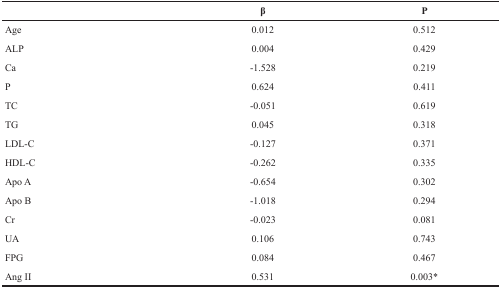
|  | β | P |
 | --- | --- | --- |
 | Age | 0.012 | 0.512 |
 | ALP | 0.004 | 0.429 |
 | Ca | −1.528 | 0.219 |
 | P | 0.624 | 0.411 |
 | TC | −0.051 | 0.619 |
 | TG | 0.045 | 0.318 |
 | LDL-C | −0.127 | 0.371 |
 | HDL-C | −0.262 | 0.335 |
 | Apo A | −0.654 | 0.302 |
 | Apo B | −1.018 | 0.294 |
 | Cr | −0.023 | 0.081 |
 | UA | 0.106 | 0.743 |
 | FPG | 0.084 | 0.467 |
 | Ang II | 0.531 | 0.003* |